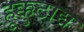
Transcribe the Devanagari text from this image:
हूक्कुटाद्य